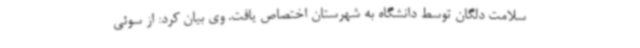
سلامت دلگان توسط دانشگاه به شهرستان اختصاص یافت. وی بیان کرد: از سوئی